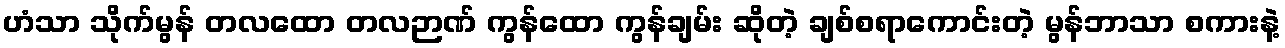
ဟံသာ သိုက်မွန် တလထော တလဉာဏ် ကွန်ထော ကွန်ချမ်း ဆိုတဲ့ ချစ်စရာကောင်းတဲ့ မွန်ဘာသာ စကားနဲ့